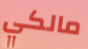
مالكي